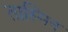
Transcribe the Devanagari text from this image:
तास्मिन